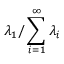
\lambda _ { 1 } / \sum _ { i = 1 } ^ { \infty } \lambda _ { i }